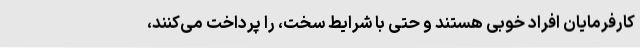
کارفرمایان افراد خوبی هستند و حتی با شرایط سخت، را پرداخت می‌کنند،